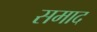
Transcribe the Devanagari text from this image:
समाद